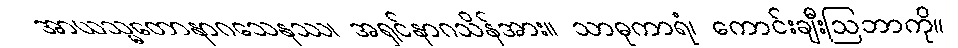
အာယသ္မတောနာဂသေနဿ၊ အရှင်နာဂသိန်အား။ သာဓုကာရံ၊ ကောင်းချီးဩဘာကို။